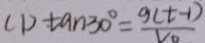
( 1 ) \tan 3 0 ^ { \circ } = \frac { g ( t - 1 ) } { V D }